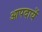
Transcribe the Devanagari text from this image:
आपदायें